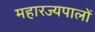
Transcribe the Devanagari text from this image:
महारज्यपालों